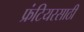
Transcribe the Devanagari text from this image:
फ्रंटियरसाठी